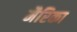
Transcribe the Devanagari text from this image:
मैरिका